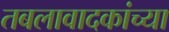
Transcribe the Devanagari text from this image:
तबलावादकांच्या